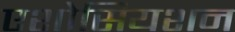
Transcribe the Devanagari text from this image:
एशोसियशन